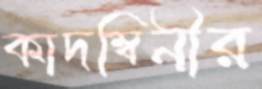
কাদম্বিনীর